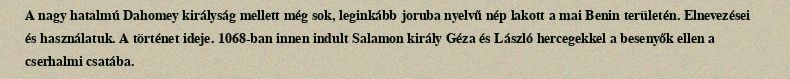
A nagy hatalmú Dahomey királyság mellett még sok, leginkább joruba nyelvű nép lakott a mai Benin területén. Elnevezései és használatuk. A történet ideje. 1068-ban innen indult Salamon király Géza és László hercegekkel a besenyők ellen a cserhalmi csatába.